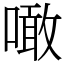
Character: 噉